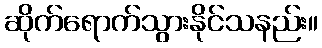
ဆိုက်ရောက်သွားနိုင်သနည်း။